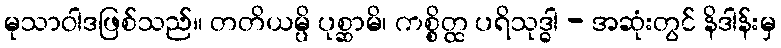
မုသာဝါဒဖြစ်သည်။ တတိယမ္ပိ ပုစ္ဆာမိ၊ ကစ္စိတ္ထ ပရိသုဒ္ဓါ - အဆုံးတွင် နိဒါန်းမှ